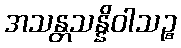
အသန္တသန္နိဝါသဉ္စ